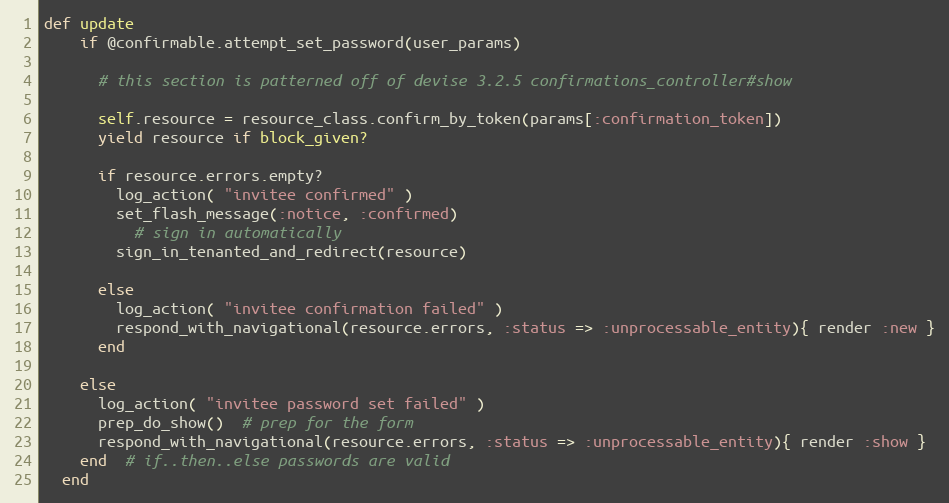
Language: Ruby
def update
    if @confirmable.attempt_set_password(user_params)

      # this section is patterned off of devise 3.2.5 confirmations_controller#show

      self.resource = resource_class.confirm_by_token(params[:confirmation_token])
      yield resource if block_given?

      if resource.errors.empty?
        log_action( "invitee confirmed" )
        set_flash_message(:notice, :confirmed)
          # sign in automatically
        sign_in_tenanted_and_redirect(resource)

      else
        log_action( "invitee confirmation failed" )
        respond_with_navigational(resource.errors, :status => :unprocessable_entity){ render :new }
      end

    else
      log_action( "invitee password set failed" )
      prep_do_show()  # prep for the form
      respond_with_navigational(resource.errors, :status => :unprocessable_entity){ render :show }
    end  # if..then..else passwords are valid
  end